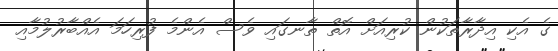
ގެ އެކި އިދާރާތަކުން ކުރިއަށް އޮތް ތާނގައި ވެސް އެންމެ ފުރިހަމަ އެއްބާރުލުމާއި